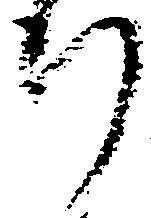
行